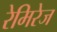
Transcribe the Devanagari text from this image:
रेमिरेज